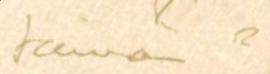
tämän ?